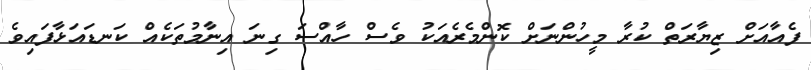
ފެއާއަށް ޒިޔާރަތް ކުރާ މީހުންނަށް ކޮންމެރެއަކު ވެސް ހާއްސަ ގިނަ އިނާމުތަކެއް ކަނޑައަޅާފައިވެ